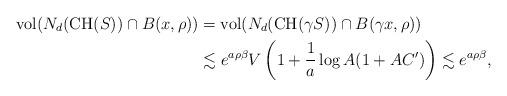
LaTeX: \begin{align*} \mathrm{vol}(N_d(\mathrm{CH}(S))\cap B(x, \rho))&=\mathrm{vol}(N_d(\mathrm{CH}(\gamma S))\cap B(\gamma x, \rho))\\ &\lesssim e^{a\rho\beta}V\left(1+\frac{1}{a}\log A(1+AC')\right)\lesssim e^{a\rho\beta}, \end{align*}